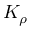
K _ { \rho }